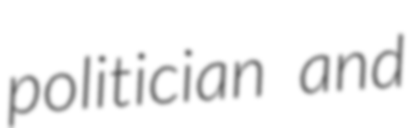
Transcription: politician and